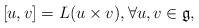
LaTeX: \begin{align*} [u,v] = L(u\times v),\forall u,v\in \mathfrak{g},\end{align*}